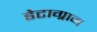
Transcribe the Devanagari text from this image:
डेटाग्राम